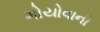
ગોયોવાની